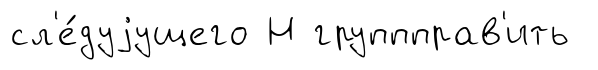
сл'е́дуjущего Н группправ'ить